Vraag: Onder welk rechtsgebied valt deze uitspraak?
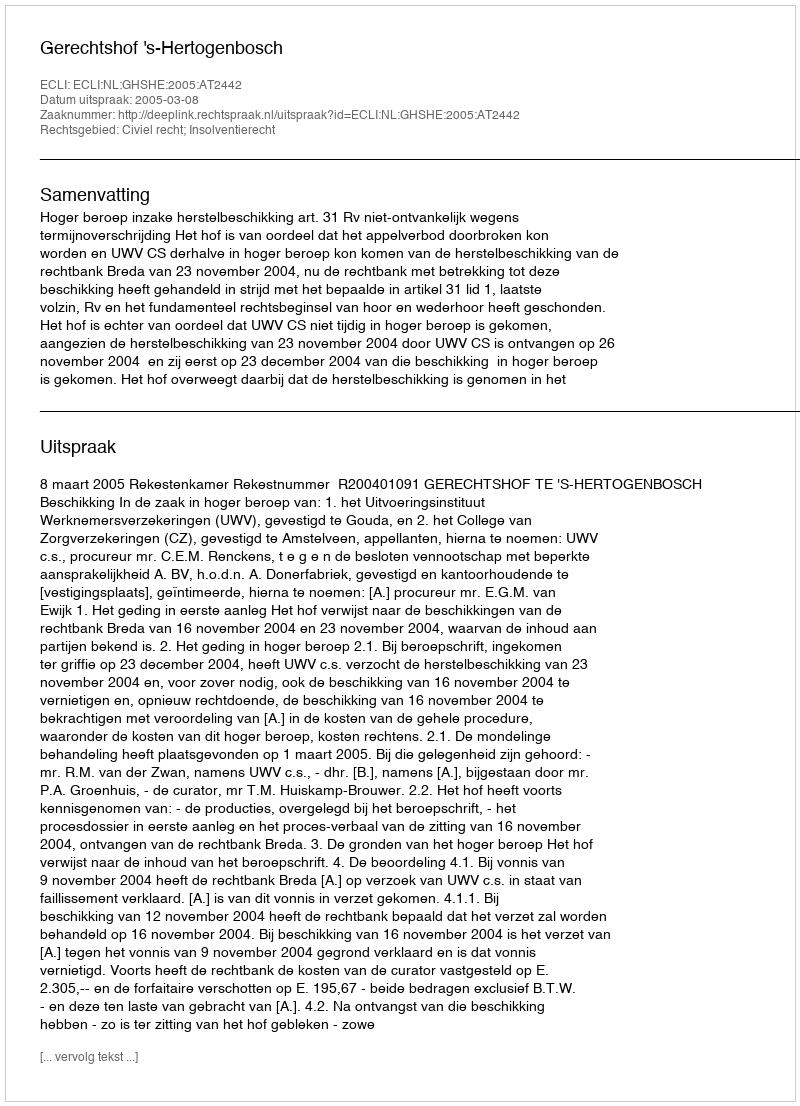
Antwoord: Civiel recht; Insolventierecht